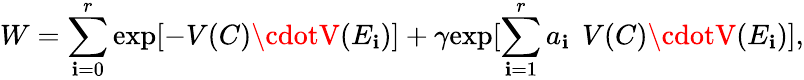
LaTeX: W=\sum_{\mathbf{i}=0}^{r}\mathrm{{exp}}[-V(C)\cdotV(E_{\mathbf{i}})]+\gamma\mathrm{{exp}}[\sum_{\mathbf{i}=1}^{r}a_{\mathbf{i}}\: \: V(C)\cdotV(E_{\mathbf{i}})],